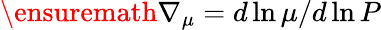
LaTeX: \ensuremath{\nabla_{\mu}}=d\ln\mu/d\ln P